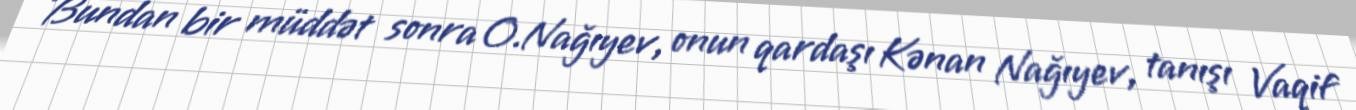
Bundan bir müddət sonra O.Nağıyev, onun qardaşı Kənan Nağıyev, tanışı Vaqif